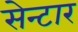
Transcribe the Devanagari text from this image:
सेन्टार